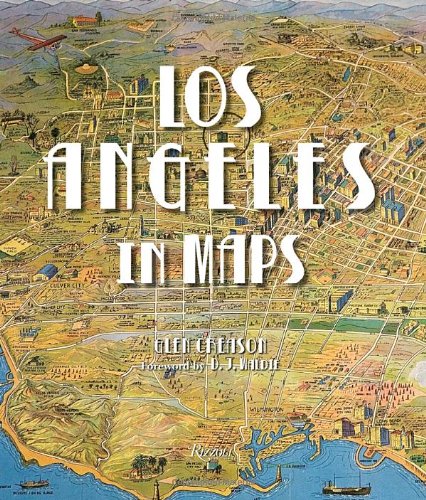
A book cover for Los Angeles in Maps; Glen Creason; History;